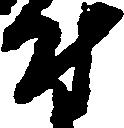
付